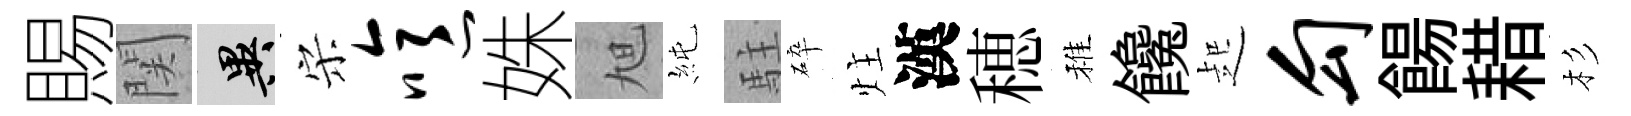
賜関异宋噫姝旭純駐碎炷漢穂稚饞起勾餳耤杉